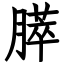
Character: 膵